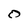
Character: O